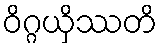
ဝိဂ္ဂယှိဿတိ